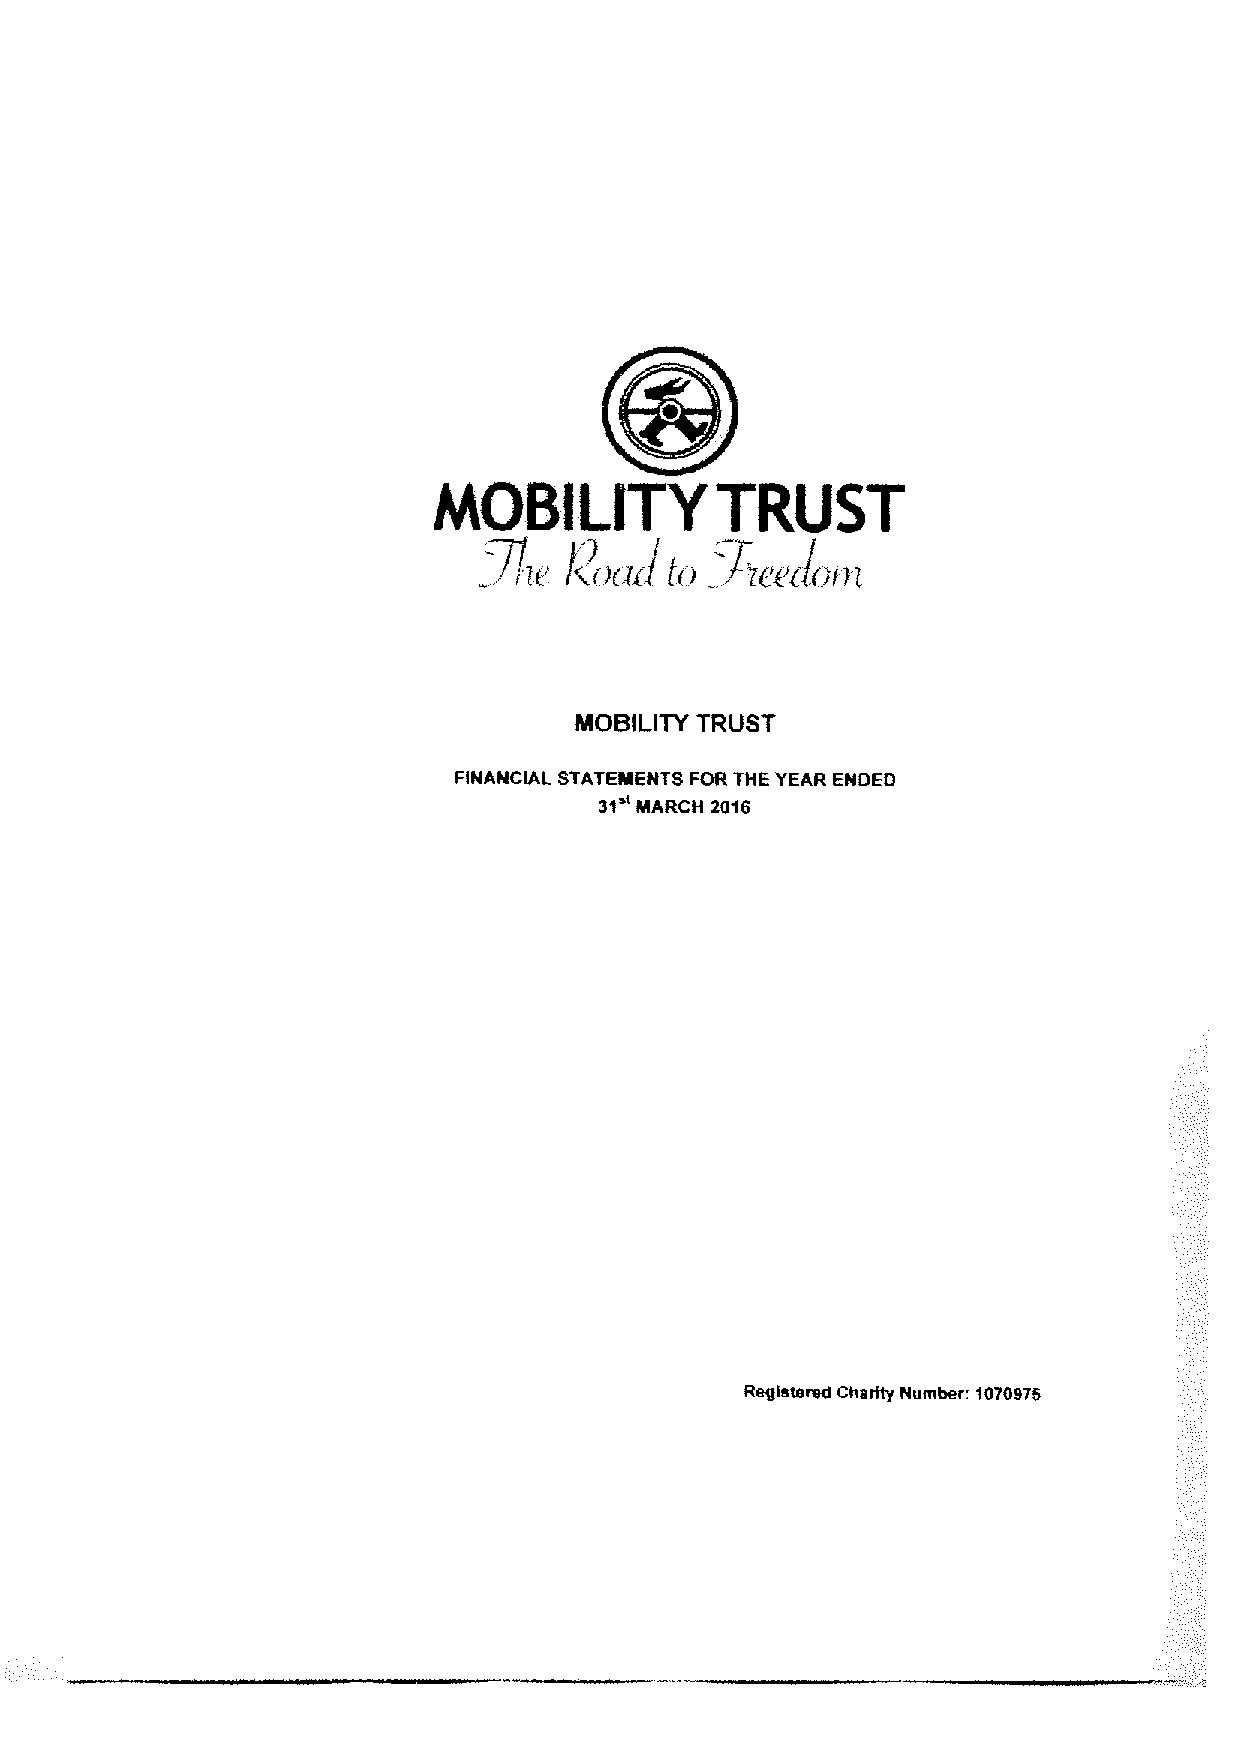
hAOBILITY         TRUST
 ll'
 lcrJIii Tire(l(e
 Prier' lk
 MOBILITY TRUST
 FINANCIAL STATEMENTS FOR THE YEAR ENDED
 31'
 INARCH 2016
 Regletereu Chertty Number: 1070975